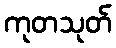
ကုတသုတ်